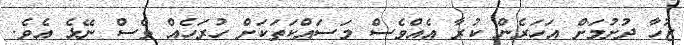
ޒުހާ ދުށުމަށް އަހަރެން ކުރާ އެއްވެސް މަސައްކަތަކަށް ހުރަހެއް ވެސް ނޭޅެ އެވެ.